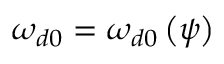
\omega _ { d 0 } = \omega _ { d 0 } \left( \psi \right)